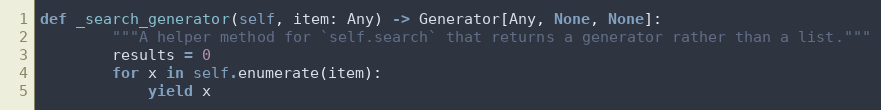
Language: Python
def _search_generator(self, item: Any) -> Generator[Any, None, None]:
        """A helper method for `self.search` that returns a generator rather than a list."""
        results = 0
        for x in self.enumerate(item):
            yield x